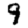
Digit: 9